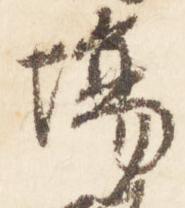
場